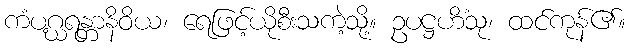
ကံပဂ္ဃရန္တာနိဝိယ၊ ရေဖြင့်ယိုစီးသကဲ့သို့။ ဥပဋ္ဌဟိံသု၊ ထင်ကုန်၏။